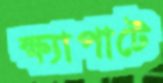
ক্ষ্যাপাটে